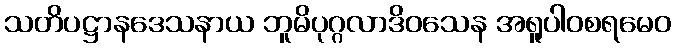
သတိပဋ္ဌာနဒေသနာယ ဘူမိပုဂ္ဂလာဒိဝသေန အရူပါဝစရမေဝ